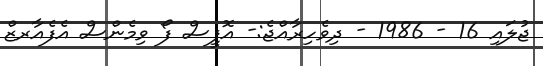
ޖުލައި 16 - 1986 - ދިވެހިރާއްޖެ:- އޮފީސް ފޯ ވިމެންސް އެފެއާރޒް